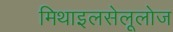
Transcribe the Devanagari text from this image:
मिथाइलसेलूलोज